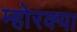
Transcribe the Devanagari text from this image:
म्होरक्‍या